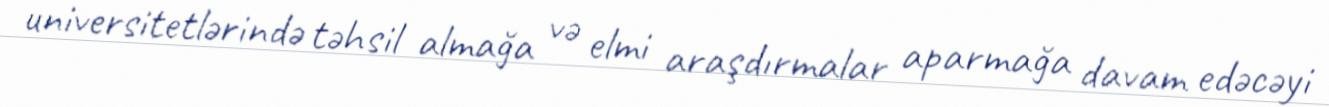
universitetlərində təhsil almağa və elmi araşdırmalar aparmağa davam edəcəyi